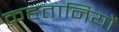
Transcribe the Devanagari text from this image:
क़हतानियों